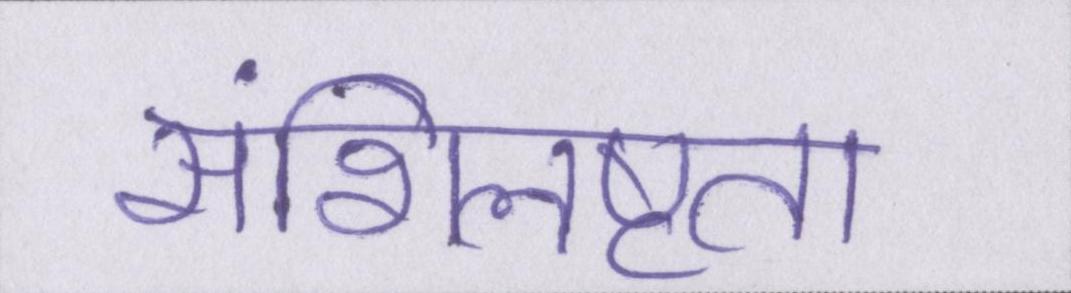
संशिलष्टता